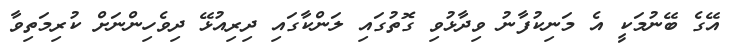
އޭގެ ބޭނުމަކީ އެ މަނިކުފާނު ވިދާޅުވި ގޮތުގައި ލަންކާގައި ދިރިއުޅޭ ދިވެހިންނަށް ކުރިމަތިވާ